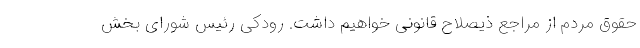
حقوق مردم از مراجع ذیصلاح قانونی خواهیم داشت. رودکی رئیس شورای بخش